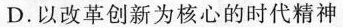
D.以改革创新为核心的时代精神